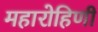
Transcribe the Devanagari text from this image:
महारोहिणी